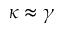
\kappa \approx \gamma